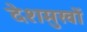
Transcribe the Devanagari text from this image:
देशमुखों